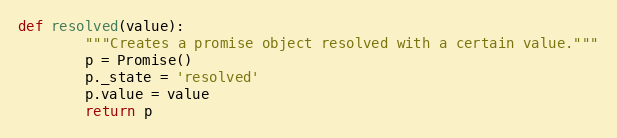
Language: Python
def resolved(value):
        """Creates a promise object resolved with a certain value."""
        p = Promise()
        p._state = 'resolved'
        p.value = value
        return p